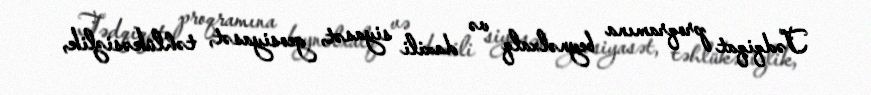
Tədqiqat proqramına beynəlxalq və daxili siyasət, geosiyasət, təhlükəsizlik,